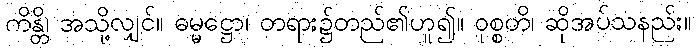
ကိန္တိ၊ အသို့လျှင်။ ဓမ္မဋ္ဌော၊ တရား၌တည်၏ဟူ၍။ ဝုစ္စတိ၊ ဆိုအပ်သနည်း။